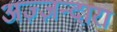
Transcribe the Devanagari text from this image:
अज़्ज़न्दारा